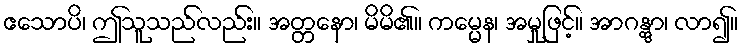
ဧသောပိ၊ ဤသူသည်လည်း။ အတ္တနော၊ မိမိ၏။ ကမ္မေန၊ အမှုဖြင့်။ အာဂန္တွာ၊ လာ၍။